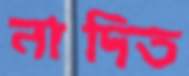
নাদিত